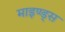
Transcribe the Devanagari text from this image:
माइण्ड्स